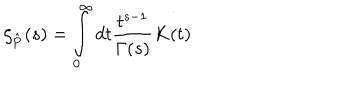
\zeta _ { \bf { \hat { P } } } ( s ) = \int _ { 0 } ^ { \infty } d t \frac { t ^ { s - 1 } } { \Gamma ( s ) } K ( t )